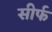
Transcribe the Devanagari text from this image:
सीर्फ